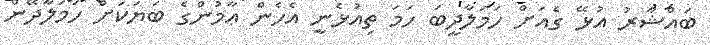
ބައްޝާރު އުޅޭ ގެއަށް ހަމަލާދީބަ ހަމަ ތިއުޅެނީ އެހެން ޢާމުންގެ ބަޔަކަށް ހަމަލާދޭން